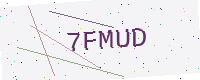
Text: 7FMUD